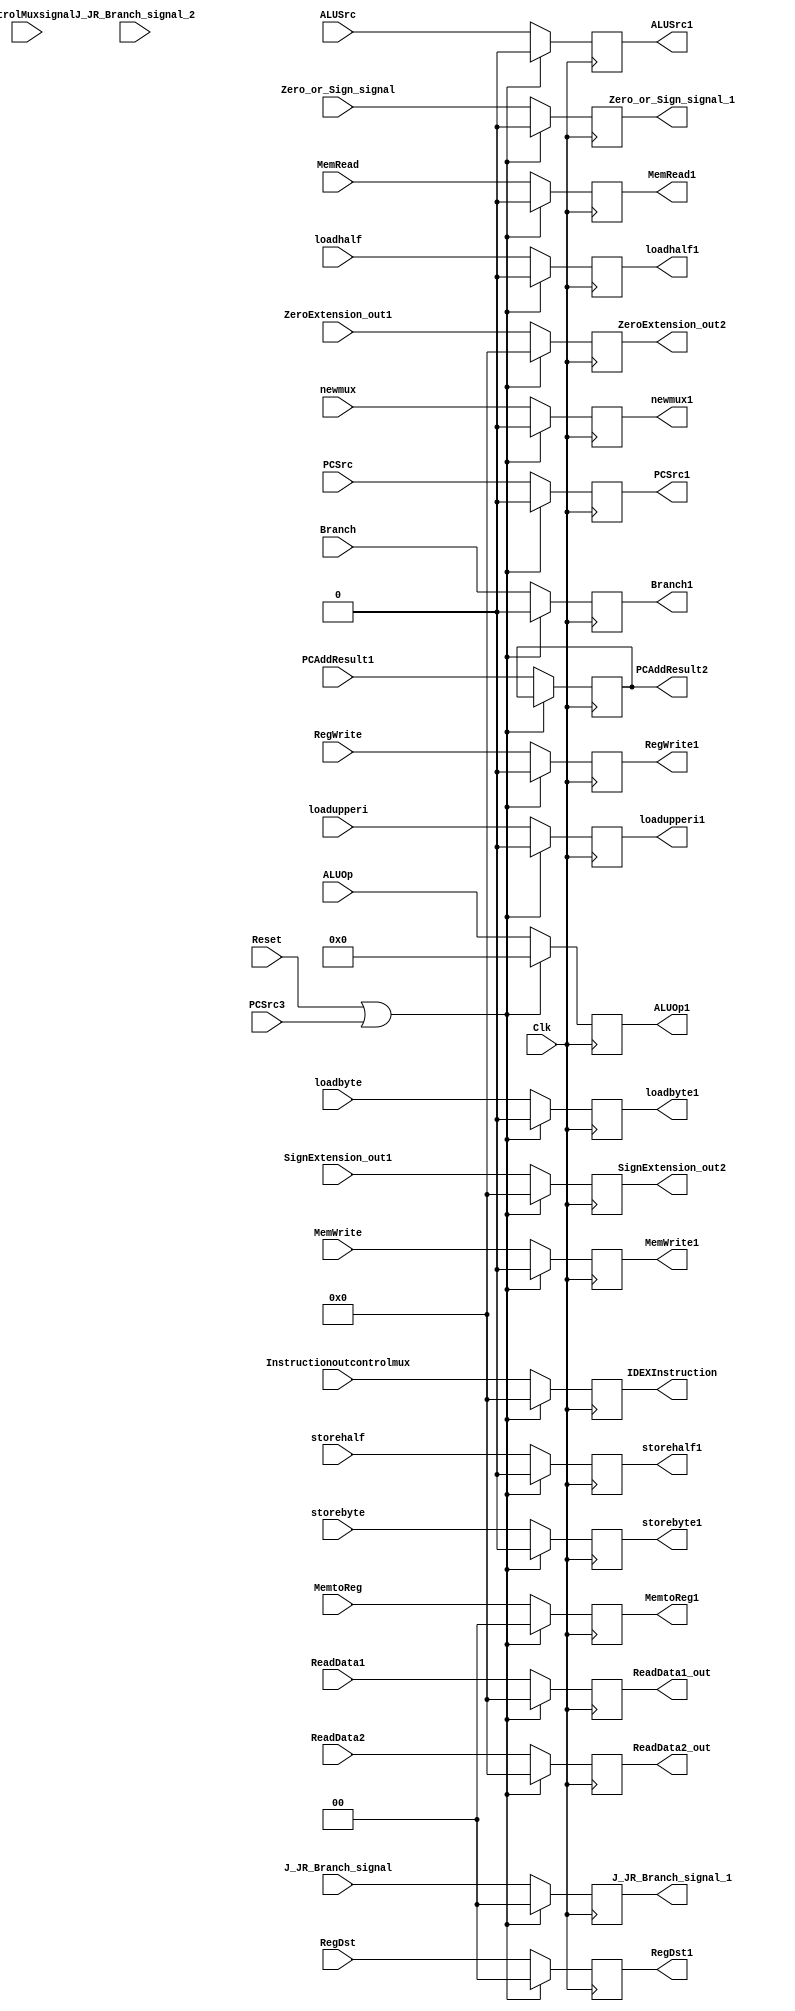
`timescale 1ns / 1ps
////////////////////////////////////////////////////////////////////////////////
// ECE369 - Computer Architecture
// 
// Module - IDEXRegister.v

////////////////////////////////////////////////////////////////////////////////
module IDEXRegister(Instructionoutcontrolmux,IDEXInstruction,PCSrc3,J_JR_Branch_signal_2,ControlMuxsignal,RegDst, RegWrite, ALUSrc, MemRead,MemWrite,MemtoReg,PCSrc,Branch,newmux,ALUOp,PCAddResult1,ReadData1,ReadData2,SignExtension_out1,ZeroExtension_out1,Clk,Reset, RegDst1, RegWrite1, ALUSrc1, MemRead1,MemWrite1,MemtoReg1,PCSrc1,Branch1,newmux1,ALUOp1,PCAddResult2,ReadData1_out,ReadData2_out,SignExtension_out2,ZeroExtension_out2,Zero_or_Sign_signal,J_JR_Branch_signal,loadhalf,loadbyte,storehalf,storebyte,loadupperi,Zero_or_Sign_signal_1,J_JR_Branch_signal_1,loadhalf1,loadbyte1,storehalf1,storebyte1,loadupperi1);
	input ControlMuxsignal,RegWrite,ALUSrc,MemRead,MemWrite,PCSrc,Branch,newmux,Zero_or_Sign_signal;
	input loadhalf,loadbyte,storehalf,storebyte,loadupperi,PCSrc3;
	input [1:0] RegDst,MemtoReg,J_JR_Branch_signal,J_JR_Branch_signal_2;
	input [31:0] Instructionoutcontrolmux;
	input [5:0] ALUOp;
	input [31:0] ReadData1,ReadData2,SignExtension_out1,ZeroExtension_out1;
	
	input [31:0] PCAddResult1;
	input Clk,Reset;

	output reg RegWrite1,ALUSrc1,MemRead1,MemWrite1,PCSrc1,Branch1,newmux1;
	output reg [1:0]  RegDst1,MemtoReg1;
	output reg [5:0] ALUOp1;
	output reg [31:0] ReadData1_out,ReadData2_out,SignExtension_out2,ZeroExtension_out2;
	
	output reg [31:0] PCAddResult2;
	output reg Zero_or_Sign_signal_1,loadhalf1,loadbyte1,storehalf1,storebyte1,loadupperi1;
	output reg [1:0] J_JR_Branch_signal_1;
	output reg [31:0] IDEXInstruction;

	always@(posedge Clk) begin

		if(Reset==1||(PCSrc3==1 )) begin
		
			RegDst1<=0;
			RegWrite1<=0;
			ALUSrc1<=0;
			MemRead1<=0;
			MemWrite1<=0;
			MemtoReg1<=0;
			PCSrc1<=0;
			Branch1<=0;
			newmux1<=0;
			ReadData1_out<=0;
			ReadData2_out<=0;
			SignExtension_out2<=0;
		
			ALUOp1<=6'd0;
			Zero_or_Sign_signal_1<=0;loadhalf1<=0;loadbyte1<=0;storehalf1<=0;storebyte1<=0;loadupperi1<=0;
			ZeroExtension_out2<=0;
			J_JR_Branch_signal_1<=2'b00;
			IDEXInstruction<=0;
		end
  /*else if(ControlMuxsignal==0) begin
                
                    RegDst1<=0;
                    RegWrite1<=0;
                    ALUSrc1<=0;
                    MemRead1<=0;
                    MemWrite1<=0;
                    MemtoReg1<=0;
                    PCSrc1<=0;
                    Branch1<=0;
                    newmux1<=0;
                   ReadData1_out<=0;
                   //ReadData1_out<=ReadData1;
                              // ReadData2_out<=ReadData2;
                              // SignExtension_out2<=SignExtension_out1;
                   ReadData2_out<=0;
                   SignExtension_out2<=0;
                    Instruction20_16_out<=0;
                    Instruction15_11_out<=0;
                    ALUOp1<=6'b000000;
                    Zero_or_Sign_signal_1<=0;loadhalf1<=0;loadbyte1<=0;storehalf1<=0;storebyte1<=0;loadupperi1<=0;
                    ZeroExtension_out2<=0;
                    J_JR_Branch_signal_1<=2'b00;
                end
  
  */
  
		else begin	
			RegDst1<=RegDst;
			RegWrite1<=RegWrite;
			ALUSrc1<=ALUSrc;
			MemRead1<=MemRead;
			MemWrite1<=MemWrite;
			MemtoReg1<=MemtoReg;
			PCSrc1<=PCSrc;
			Branch1<=Branch;
			newmux1<=newmux;
			ReadData1_out<=ReadData1;
			ReadData2_out<=ReadData2;
			SignExtension_out2<=SignExtension_out1;
			
			ALUOp1<=ALUOp;
			ZeroExtension_out2<=ZeroExtension_out1;
			Zero_or_Sign_signal_1<=Zero_or_Sign_signal;
			loadhalf1<=loadhalf;
			loadbyte1<=loadbyte;
			storehalf1<=storehalf;
			storebyte1<=storebyte;
			loadupperi1<=loadupperi;
			J_JR_Branch_signal_1<=J_JR_Branch_signal;
			IDEXInstruction<=Instructionoutcontrolmux;
			PCAddResult2<=PCAddResult1;
		end

	end



		


   
endmodule